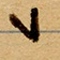
٧